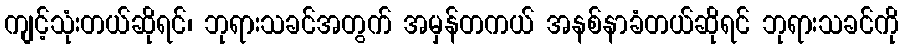
ကျင့်သုံးတယ်ဆိုရင်၊ ဘုရားသခင်အတွက် အမှန်တကယ် အနစ်နာခံတယ်ဆိုရင် ဘုရားသခင်ကို